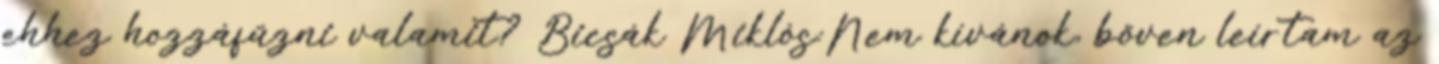
ehhez hozzáfűzni valamit? Bicsák Miklós:Nem kívánok, bőven leírtam az